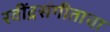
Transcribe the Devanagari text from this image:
रवींद्रसंगीताचा